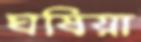
ঘষিয়া